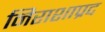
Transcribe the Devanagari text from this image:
निराशाप्रद